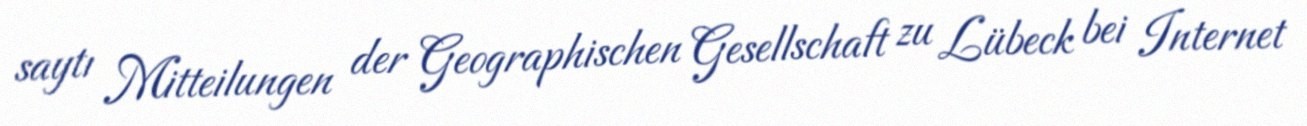
saytı Mitteilungen der Geographischen Gesellschaft zu Lübeck bei Internet